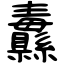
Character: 纛